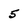
Character: 5